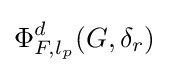
\Phi _{F,l_{p}}^{d}(G,\delta _{r})